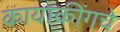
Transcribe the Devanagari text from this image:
कायाकींगचे